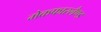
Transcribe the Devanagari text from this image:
मेकफारलैण्ड